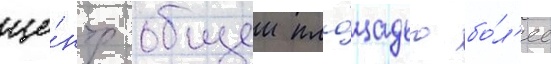
це́нтр общеи пло́щадью бо́л'ее